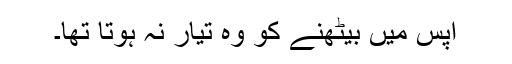
آپس میں بیٹھنے کو وہ تیار نہ ہوتا تھا۔